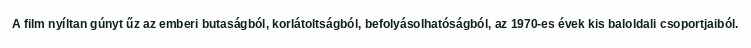
A film nyíltan gúnyt űz az emberi butaságból, korlátoltságból, befolyásolhatóságból, az 1970-es évek kis baloldali csoportjaiból.